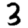
Digit: 3